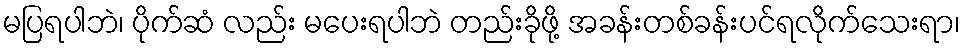
မပြရပါဘဲ၊ ပိုက်ဆံ လည်း မပေးရပါဘဲ တည်းခိုဖို့ အခန်းတစ်ခန်းပင်ရလိုက်သေးရာ၊